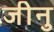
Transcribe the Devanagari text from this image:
जीनु